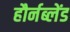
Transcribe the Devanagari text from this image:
हौर्नब्लेंड